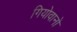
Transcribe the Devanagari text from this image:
गियोवानो